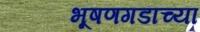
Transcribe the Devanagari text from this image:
भूषणगडाच्या